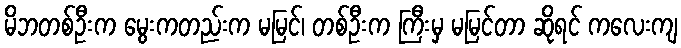
မိဘတစ်ဦးက မွေးကတည်းက မမြင်၊ တစ်ဦးက ကြီးမှ မမြင်တာ ဆိုရင် ကလေးကျ